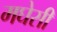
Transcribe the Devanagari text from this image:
मघेसी